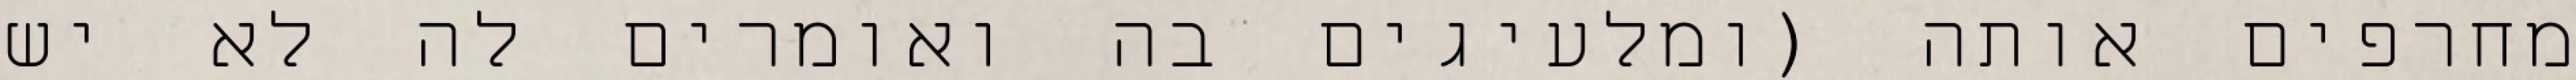
מחרפים אותה (ומלעיגים בה ואומרים לה לא יש